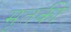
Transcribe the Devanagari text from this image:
मृतकी